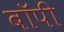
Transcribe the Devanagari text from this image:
बॉपी